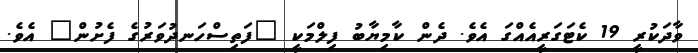
ވާދަކުރީ 19 ކެޓަގަރީއެއްގަ އެވެ. ދެން ކާމިޔާބު ފިލްމަކީ "ފަތިސްހަނދުވަރުގެ ފެށުން" އެވެ.